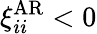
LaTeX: \xi_{ii}^{\mathrm{AR}}<0